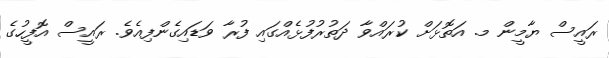
ރައީސް ޔާމީން މ. އަތޮޅަށް ކުރައްވާ ދަތުރުފުޅެއްގައި ފުރާ ވަޑައިގެންފިއެވެ. ރައީސް އޮފީހުގެ